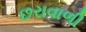
છરાવાળી